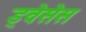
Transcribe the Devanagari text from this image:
ड्वेसेस